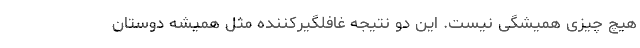
هیچ چیزی همیشگی نیست. این دو نتیجه غافلگیرکننده مثل همیشه دوستان